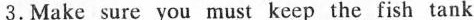
3.Make sure you must keep the fish tank